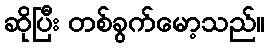
ဆိုပြီး တစ်ခွက်မော့သည်။